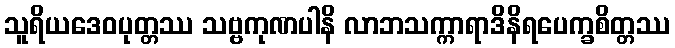
သူရိယဒေဝပုတ္တဿ သဗ္ဗကုဏပါနိ လာဘသက္ကာရာဒိနိရပေက္ခစိတ္တဿ